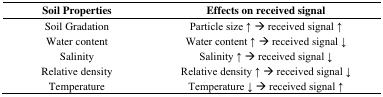
<table><thead><tr><td><b>Soil Properties</b></td><td><b>Effects on received signal</b></td></tr></thead><tbody><tr><td>Soil Gradation</td><td>Particle size ↑ → received signal ↑</td></tr><tr><td>Water content</td><td>Water content ↑ → received signal ↓</td></tr><tr><td>Salinity</td><td>Salinity ↑ → received signal ↓</td></tr><tr><td>Relative density</td><td>Relative density ↑ → received signal ↓</td></tr><tr><td>Temperature</td><td>Temperature ↓ → received signal ↑</td></tr></tbody></table>